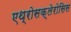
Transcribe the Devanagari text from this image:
एथ्रोसक्लेरोसिस